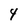
Character: 4